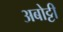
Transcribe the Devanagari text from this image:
अबोट्टी